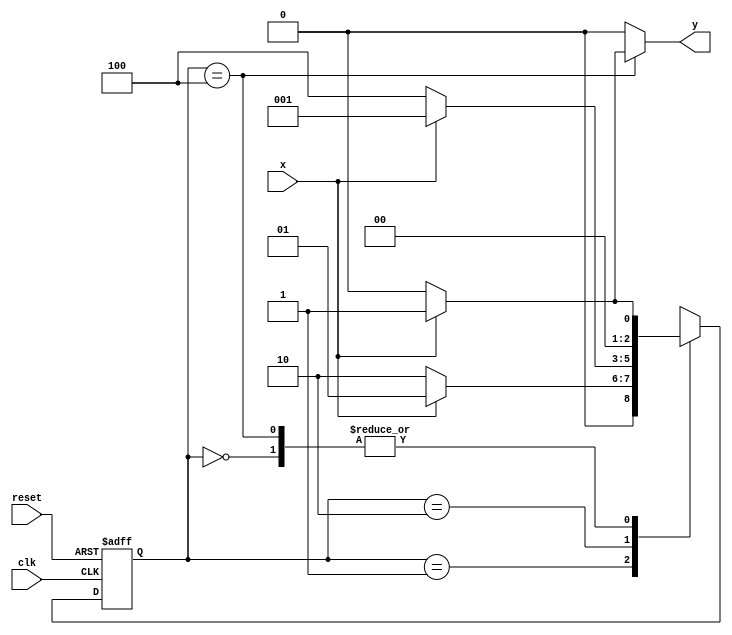
// ------------------------------
// Guia 11
// Nome: Mariana Ramos de Brito
// ------------------------------


// ---------------
// --- Mealy FSM
// --- seq: 1001
// ---------------


// constant definitions
`define found    1
`define notfound 0

// FSM by Mealy
module numero03_seq1001_mealy ( y, x, clk, reset );

	output y;
	input  x;
	input  clk;
	input  reset;

	reg    y;

	parameter         // state identifiers 
		start  = 3'b000,
		id1    = 3'b001,
		id10   = 3'b010,
		id100  = 3'b100;

	reg [2:0] E1;	// current state variables
	reg [2:0] E2;	// next state logic output

	// next state logic
   always @( x or E1 )
		begin
		y = `notfound;

		case ( E1 )
			start:
				if ( x )
					E2 = id1;
				else
					E2 = start;
				
			id1:
				if ( x )
					E2 = id1;
				else
					E2 = id10;
			
			id10:
				if ( x )
					E2 = id1;
				else
					E2 = id100;

			id100:
				if ( x )
				begin
					E2 =  id1;
					y  = `found;
				end
				else
				begin
					E2 =  start;
					y  = `notfound;
				end
	 
			default:   // undefined state
				E2 =  3'bxxx;
		endcase
	  
		end // always at signal or state changing
		

	// state variables
		always @( negedge clk or negedge reset )
		begin
			if ( reset )
				E1 = E2;    // updates current state
			else
				E1 = 0;     // reset
		end // always at signal changing

endmodule // numero03_seq1001_mealy